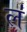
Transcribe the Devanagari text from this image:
ल॑